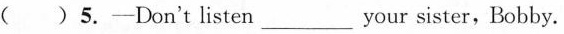
( )5.—Don't listen_ your sister, Bobby.